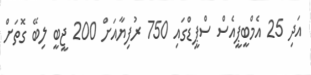
އަދި 25 އެމްބީޕީއެސް ސްޕީޑްގައި 750 ރުފިޔާއަށް 200 ޖީބީ ލިބޭ ގޮތަށް